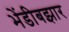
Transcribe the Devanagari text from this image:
भेंडीबझार